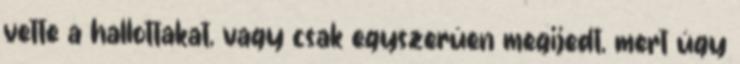
vette a hallottakat, vagy csak egyszerûen megijedt, mert úgy